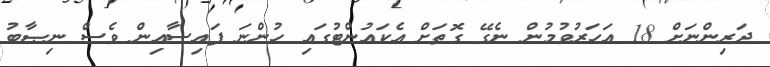
ދަރިންނަށް 18 އަހަރުވުމުން ނެގޭ ގޮތަށް އެކައުންޓުގައި ހުންނަ ފައިސާއިން ވެސް ނިޞާބު